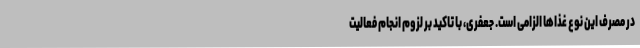
در مصرف این نوع غذاها الزامی است. جعفری، با تاکید بر لزوم انجام فعالیت